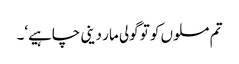
تم مسلوں کو تو گولی مار دینی چاہیے‘۔